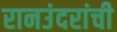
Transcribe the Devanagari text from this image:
रानउंदरांची